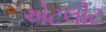
એટલીટ